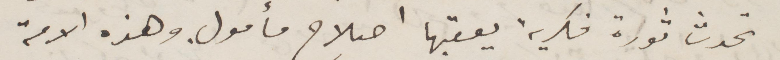
تحدث ثورة فكرية يعقبها اصلاح مأومال. وهذه الامة